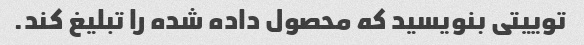
توییتی بنویسید که محصول داده شده را تبلیغ کند.